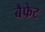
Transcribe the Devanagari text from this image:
बैफेट